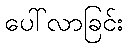
ပေါ်လာခြင်း